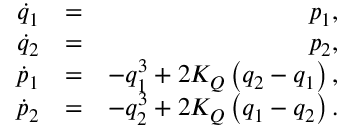
\begin{array} { r l r } { \dot { q } _ { 1 } } & { = } & { p _ { 1 } , } \\ { \dot { q } _ { 2 } } & { = } & { p _ { 2 } , } \\ { \dot { p } _ { 1 } } & { = } & { - q _ { 1 } ^ { 3 } + 2 K _ { Q } \left( q _ { 2 } - q _ { 1 } \right) , } \\ { \dot { p } _ { 2 } } & { = } & { - q _ { 2 } ^ { 3 } + 2 K _ { Q } \left( q _ { 1 } - q _ { 2 } \right) . } \end{array}